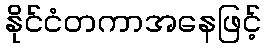
နိုင်ငံတကာအနေဖြင့်